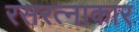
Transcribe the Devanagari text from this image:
रसरत्नाकार